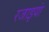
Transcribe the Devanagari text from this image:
रजाइयां